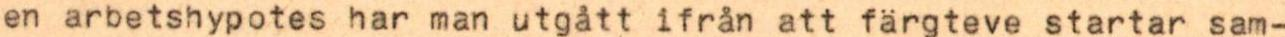
en arbetshypotes har man utgått ifrån att färgteve startar sam-